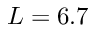
L = 6 . 7